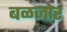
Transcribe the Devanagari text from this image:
बळजोर